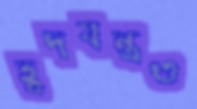
হূদযন্ত্রও